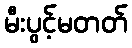
မီးပွင့်မတတ်